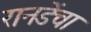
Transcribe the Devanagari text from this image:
रानडेंचा